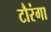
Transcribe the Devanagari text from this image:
टौरंगा